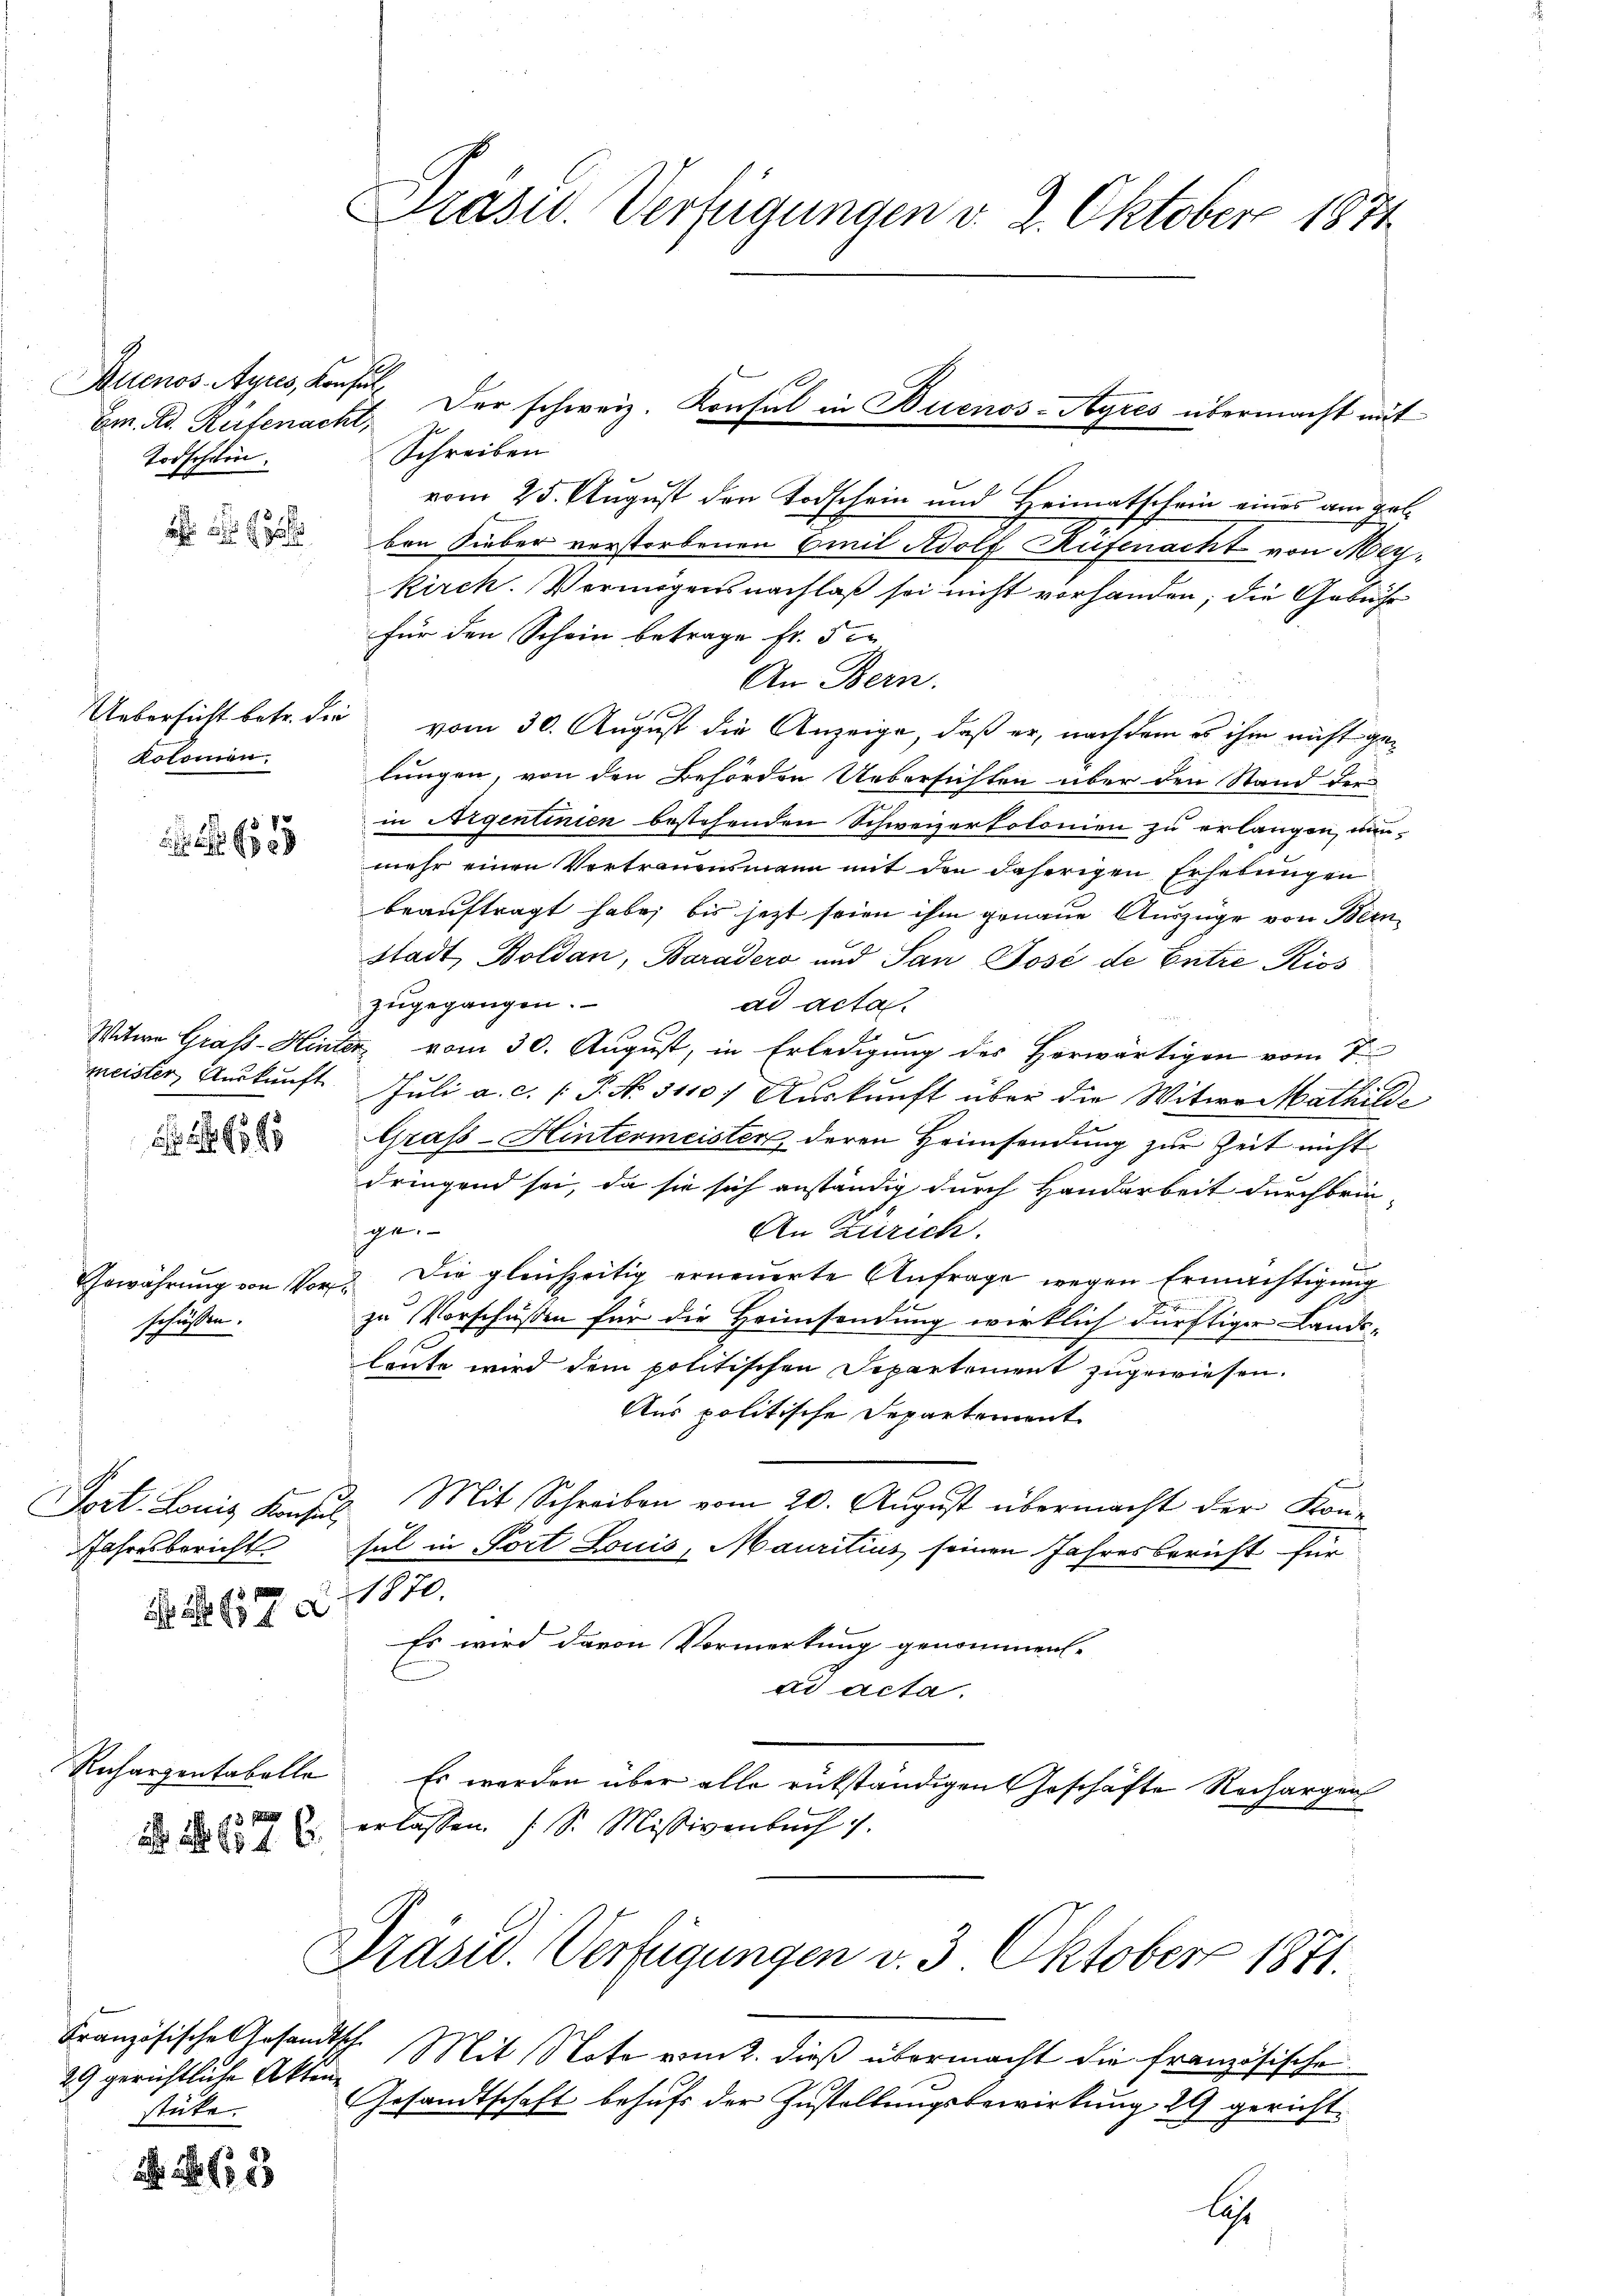
Auenos-Ayres, Konsul¬
Em. Ad. Rüfenacht,
Todschein.

Kolonien.

Gewährung von Vorschüssen.

7

Rechargentabelle
 8 f

29 gerichtliche Aktenstücke.

28

Prasid. Verfügungen v. 2. Oktober 1871

Schreiben
vom 25. August den Todschein und Heimatschein eines am gelben Sieber verstorbenen Emil Adolf Rufenacht von Meykirch. Vermögensnachlaß sei nicht vorhanden; die Gebühr
für den Schein betrage fr. 5 e
An Bern.
Uebersicht betr. die vom 30. August die Anzeige, daß er, nachdem es ihm nicht gelungen, von den Behörden Uebersichten über den Stand der
in Aigentinien bestehenden Schweizertolonien zu erlangen, nunmehr einen Vortrauensmann mit den daherigen Erhebungen
beauftragt habe; bis jetzt seien ihm genaue Auszüge von Bern
Stadt Boldan, Baradero und San José de Entre Kios
zugegangen.
ad acta.
Witwe Grass-Hinter vom 30. August, in Erledigung des Herwärtigen vom 7.
meister, Auskunft. Juli a. c. (T. N. 3110) Auskunft über die Witwe Mathilde
Grafs-Hintermeister, deren Heimsendung zur Zeit nicht
dringend sei, da sie sich anständig durch Handarbeit durchbrin-
au
An Zürich.
Die gleichzeitig erneuerte Anfrage wegen Ermächtigung
zu Vorschüßen für die Heimsendung wirklich dürftiger Lands-
leute wird dem politischen Departement zugewiesen.
Aus politische Departement
Fort. Louis Konsul Mit Schreiben vom 20. August übermacht der Kon-
Jahresbericht sul in Fort Louis, Mauritius seinen Jahresbericht für
1870.
Es wird davon Vormerkung genommen.
ad acta.
Es werden über alle rükständigen Geschäfte Rechargen
 12. erlassen (S. Missivenbuch 7.
Präsid. Verfügungen v. 3. Oktober 1871.
Französische Gesandtsch. Mit Note vom 2. dieß übermacht die französische
Gesandtschaft behufs der Zustellungsbewirkung 29 gerichtles

Der schweiz. Konsul in Buenos-Ayres übermacht mit